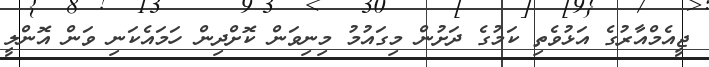
ޖީއެމްއާރުގެ އަޅުވެތި ކަމުގެ ދަށުން މިގައުމު މިނިވަން ކޮށްދިން ހަމައެކަނި ވަން އޮންލީ